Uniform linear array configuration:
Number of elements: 16
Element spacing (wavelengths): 0.25
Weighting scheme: uniform
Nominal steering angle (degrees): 0
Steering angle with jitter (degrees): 0.006185
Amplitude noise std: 0.05
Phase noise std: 0.05

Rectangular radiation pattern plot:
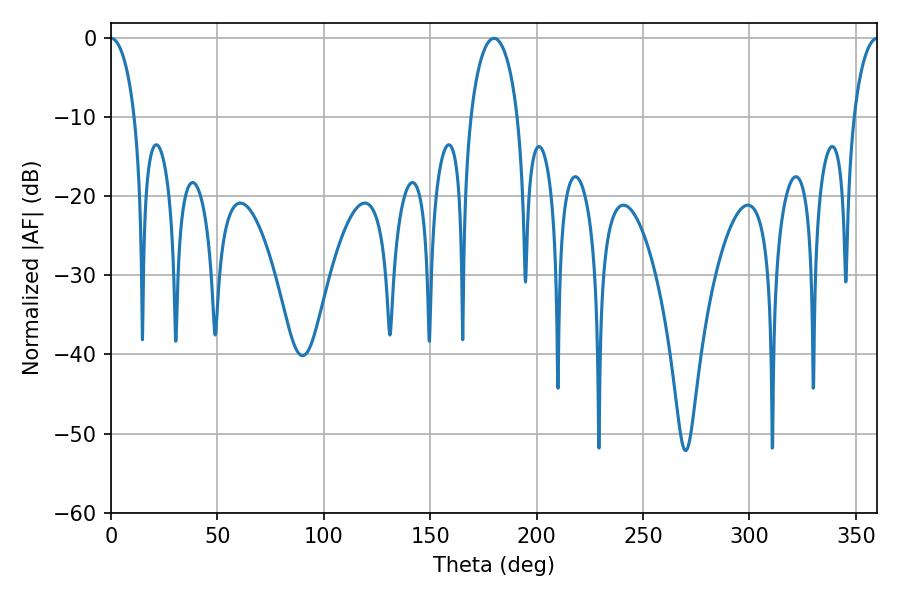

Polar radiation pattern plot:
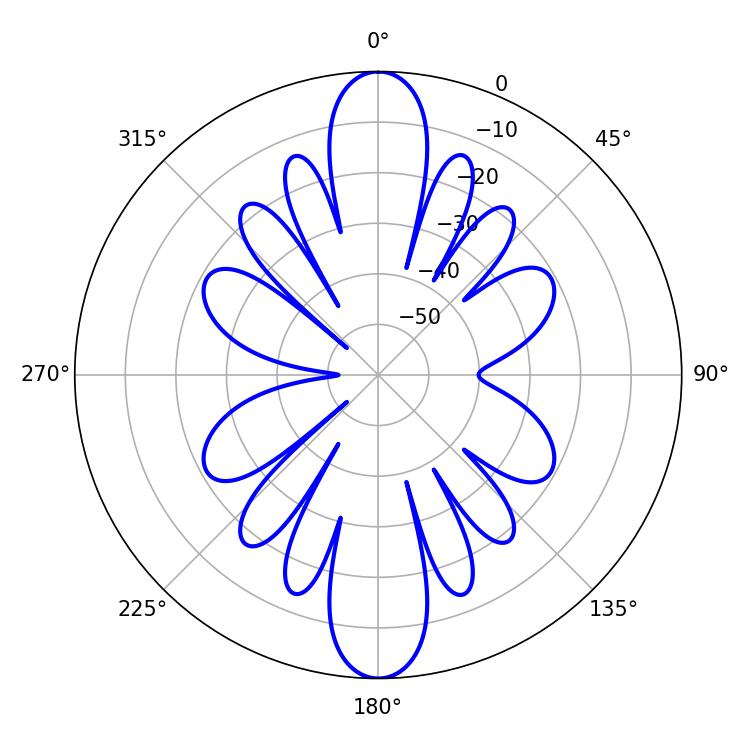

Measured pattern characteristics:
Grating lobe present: FALSE
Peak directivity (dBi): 37.242
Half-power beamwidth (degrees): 6.48
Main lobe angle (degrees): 0